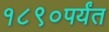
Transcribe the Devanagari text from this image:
१८९०पर्यंत